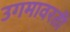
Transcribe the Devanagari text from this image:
उगमावरती